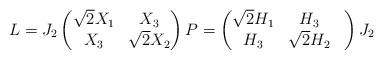
LaTeX: \begin{align*} L = J_2 \begin{pmatrix} \sqrt{2} X_1 & X_3 \\ X_3 & \sqrt{2} X_2 \end{pmatrix} P = \begin{pmatrix} \sqrt{2} H_1 & H_3 \\ H_3 & \sqrt{2} H_2 & \end{pmatrix} J_2\end{align*}